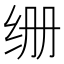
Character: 𮶁